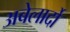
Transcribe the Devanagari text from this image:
अबेलार्दो